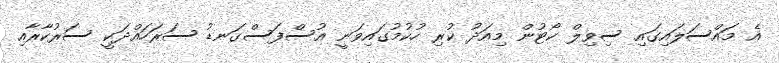
އެ މައްސަލައިގައި ސިވިލް ކޯޓުން މިއަދު ކުރި ހުކުމުގައިވަނީ އުސްފަސްގަނޑު ސަރަހައްދަކީ ސަރުކާރާއި